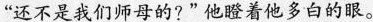
“还不是我们师母的?”他瞪着他多白的眼。